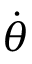
\dot { \theta }